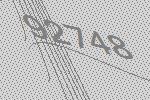
92748